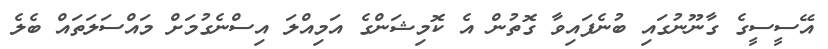
އޭސީސީގެ ގާނޫނުގައި ބުނެފައިވާ ގޮތުން އެ ކޮމިޝަންގެ އަމިއްލަ އިސްނެގުމަށް މައްސަލަތައް ބެލެ